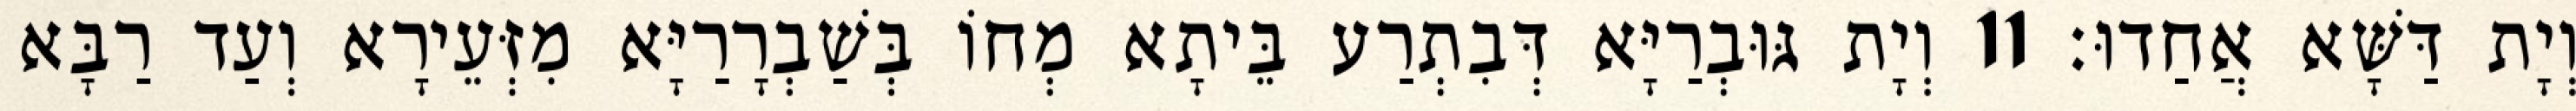
וְיָת דַּשָּׁא אֲחַדוּ׃ 11 וְיָת גּוּבְרַיָּא דְּבִתְרַע בֵּיתָא מְחוֹ בְּשַׁבְרָרַיָּא מִזְּעֵירָא וְעַד רַבָּא